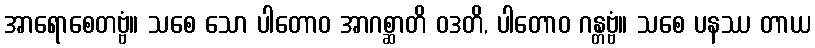
အာရောစေတဗ္ဗံ။ သစေ သော ပါတောဝ အာဂစ္ဆာတိ ဝဒတိ, ပါတောဝ ဂန္တဗ္ဗံ။ သစေ ပနဿ တာယ